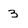
Character: 3